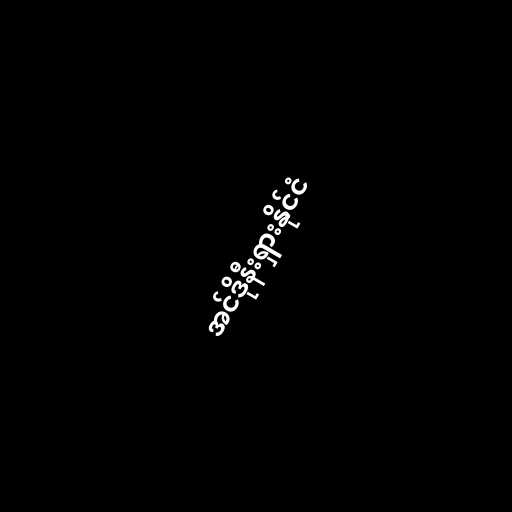
အင်ဒိုနီးရှားနိုင်ငံ